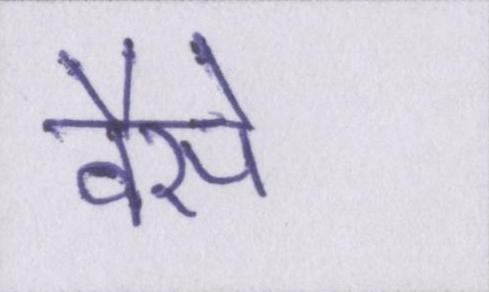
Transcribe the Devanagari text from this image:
वैसे